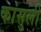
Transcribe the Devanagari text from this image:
कांसुली